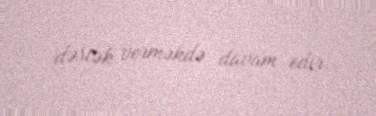
dəstək verməkdə davam edir.